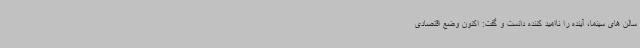
سالن های سینما، آینده را ناامید کننده دانست و گفت: اکنون وضع اقتصادی